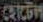
হোটেল